Newspaper: Shepherdstown register. [volume]
Place of publication: Shepherdstown, Va. [W. Va.]
Publisher: Hardy & Henry W. McAnly
Date: 1900-04-26 00:00:00
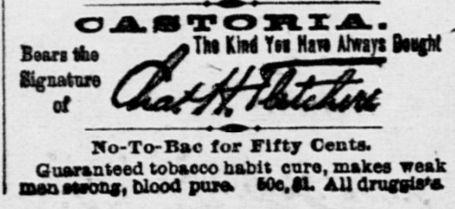
Advertisement text (OCR):
OA0TOHZA. Bmu-i * >?T!a KM Tn Nan Wwari BmcM Wo-To-Bac for Fifty Cents. Guaranteed tobacco habit cure, makes weak man ssson#, blood pura IOe,fL Aildruggls**
Label: text-only